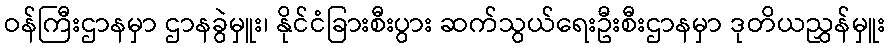
ဝန်ကြီးဌာနမှာ ဌာနခွဲမှူး၊ နိုင်ငံခြားစီးပွား ဆက်သွယ်ရေးဦးစီးဌာနမှာ ဒုတိယညွှန်မှူး